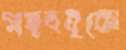
গহবধূকে